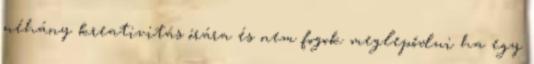
néhány kreativitás órára és nem fogok meglepődni ha egy